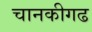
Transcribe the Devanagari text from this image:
चानकीगढ